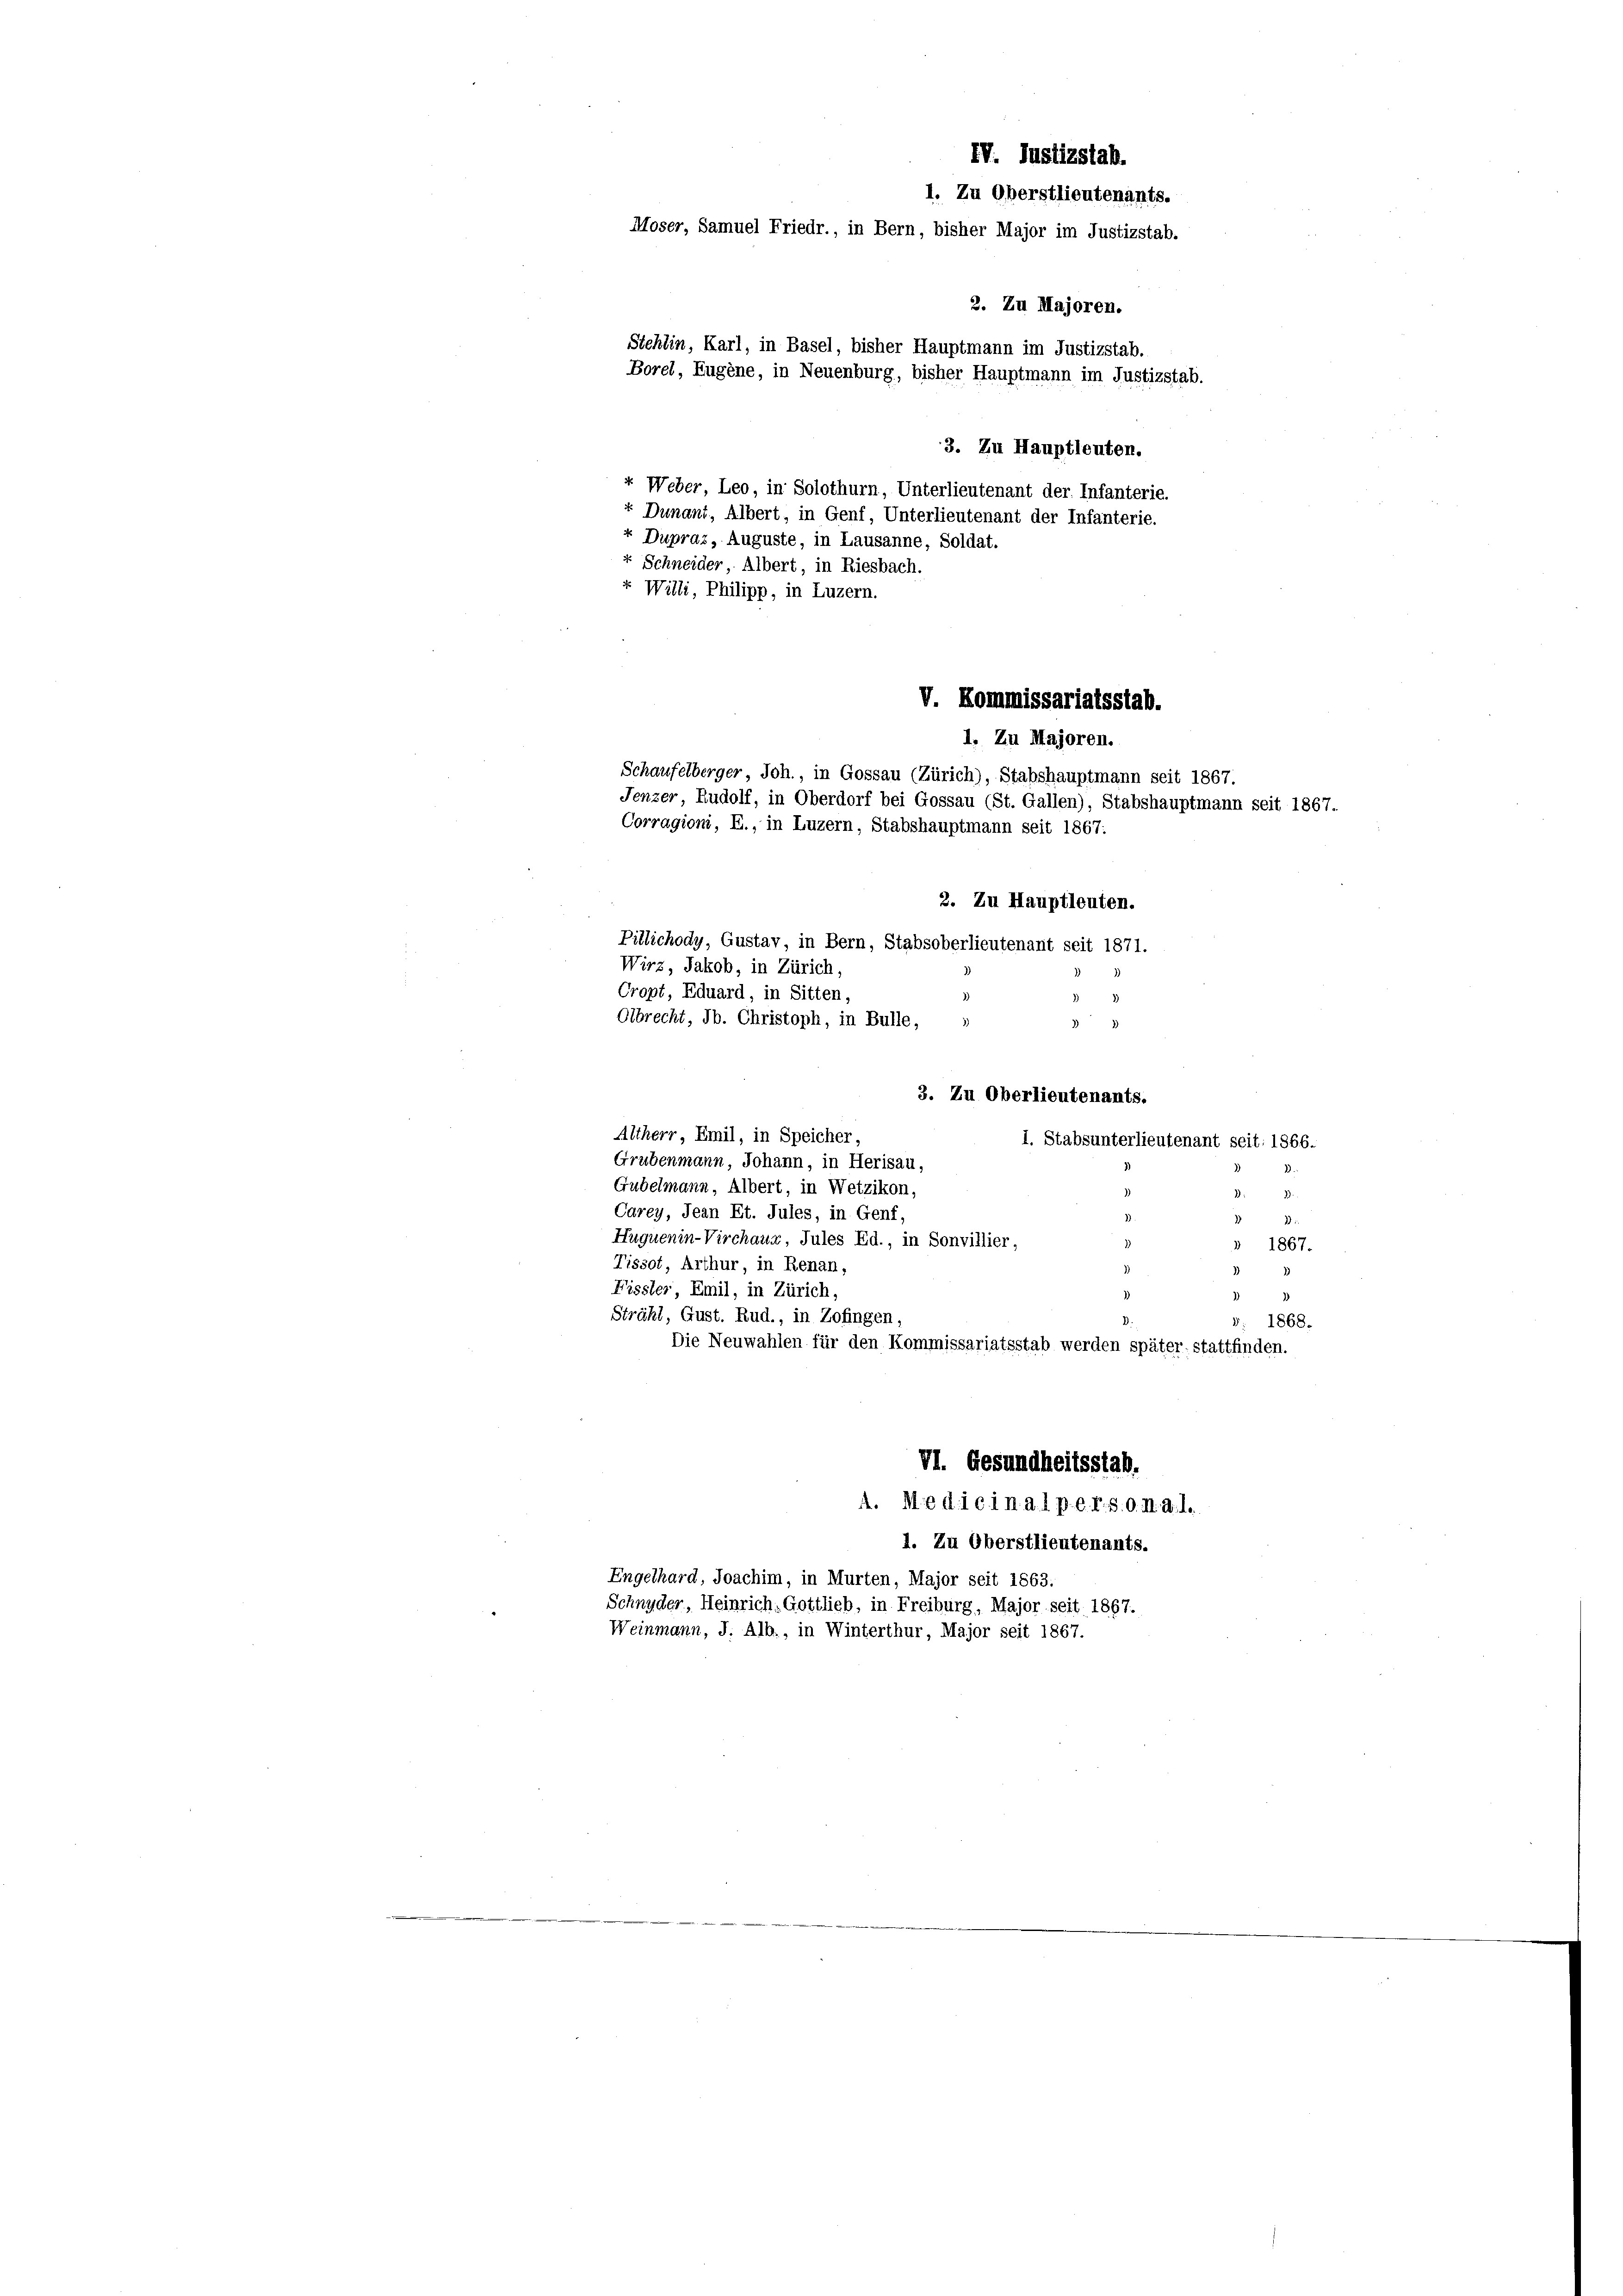
IV. Justizstab.
1. Zu Oberstlieutenants.
Moser, Samuel Friedr., in Bern, bisher Major im Justizstab.
2. Zu Majoren.
Stehlin, Karl, in Basel, bisher Hauptmann im Justizstab.
Borel, Eugene, in Neuenburg, bisher Hauptmann im Justizstab.
3. Zu Hauptleuten.
«. Weber, Leo, in Solothurn, Unterlieutenant der Infanterie.
+ Dunant, Albert, in Genf, Unterlieutenant der Infanterie.
+ Dupraz, Auguste, in Lausanne, Soldat.

4 Schneider, Albert, in Riesbach.
+ Willi, Philipp, in Luzern.

3. Zu Oberlieutenants.
Altherr, Emil, in Speicher,
1. Stabsunterlieutenant seit: 1866.
Grubenmann, Johann, in Herisau,
Gubelmann, Albert, in Wetzikon,
.
Carey, Jean Et. Jules, in Genf,
Huquenin-Virchaus, Jules Ed., in Sonvillier,
 1867.
Tissot, Arthur, in Renan,
Fissler, Emil, in Zürich,
Strähl, Gust. Rud., in Zofingen,
1868.
Die Neuwahlen für den Kommissariatsstab werden später stattfinden.
VI. Gesundheitsstab.
A. Medicinal p. e. r. s. o. A. a. l.
1. Zu Oberstlieutenants.
Engelhard, Joachim, in Murten, Major seit 1863.
Schnyder, Heinrich, Gottlieb, in Freiburg, Major seit 1867.
Weinmann, J. Alb., in Winterthur, Major seit 1867.

1. Zu Majoren.
Schaufelberger, Joh., in Gossau (Zürich), Stabshauptmann seit 1867.
Jenzer Rudolf, in Oberdorf bei Gossau (St. Gallen), Stabshauptmann seit 1867.
Corragioni, E., in Luzern, Stabshauptmann seit 1867:

2. Zu Hauptleuten.
Pillichody, Gustav, in Bern, Stabsoberlieutenant seit 1871.
Wirz, Jakob, in Zürich,
Cropt, Eduard, in Sitten
Olbrecht, Jb. Christoph, in Bulle, »

V. Kommissariatsstab.